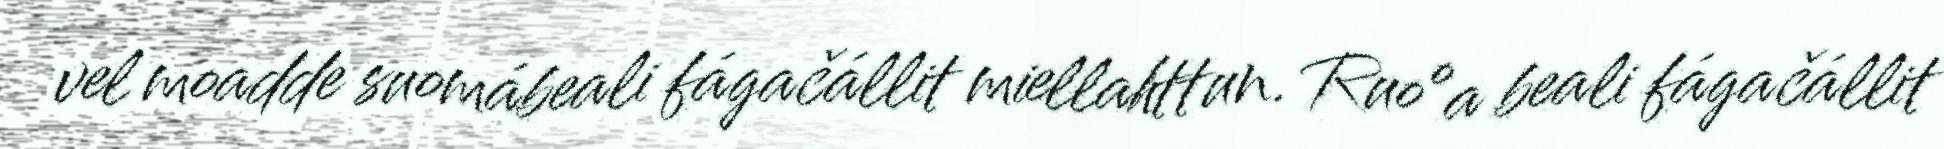
vel moadde suomábeali fágačállit miellahttun. Ruoºa beali fágačállit